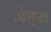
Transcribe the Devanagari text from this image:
जेह्र्स